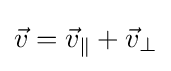
{\vec {v}}={\vec {v}}_{\parallel }+{\vec {v}}_{\perp }